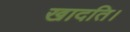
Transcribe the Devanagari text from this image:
खादति।